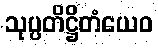
သုပ္ပတိဋ္ဌိတံယေဝ